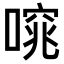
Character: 𠻩